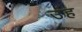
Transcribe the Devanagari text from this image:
उंह